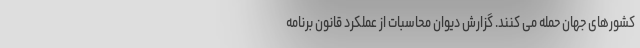
کشورهای جهان حمله می کنند. گزارش دیوان محاسبات از عملکرد قانون برنامه